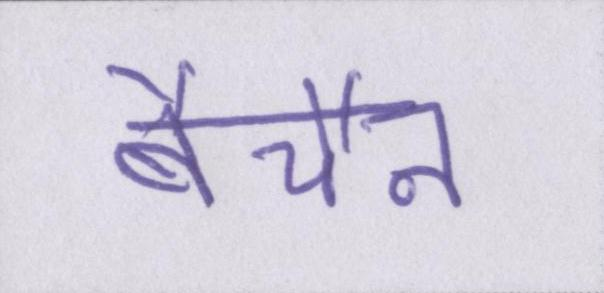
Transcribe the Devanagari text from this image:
बेचैन